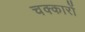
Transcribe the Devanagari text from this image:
चक्कारों